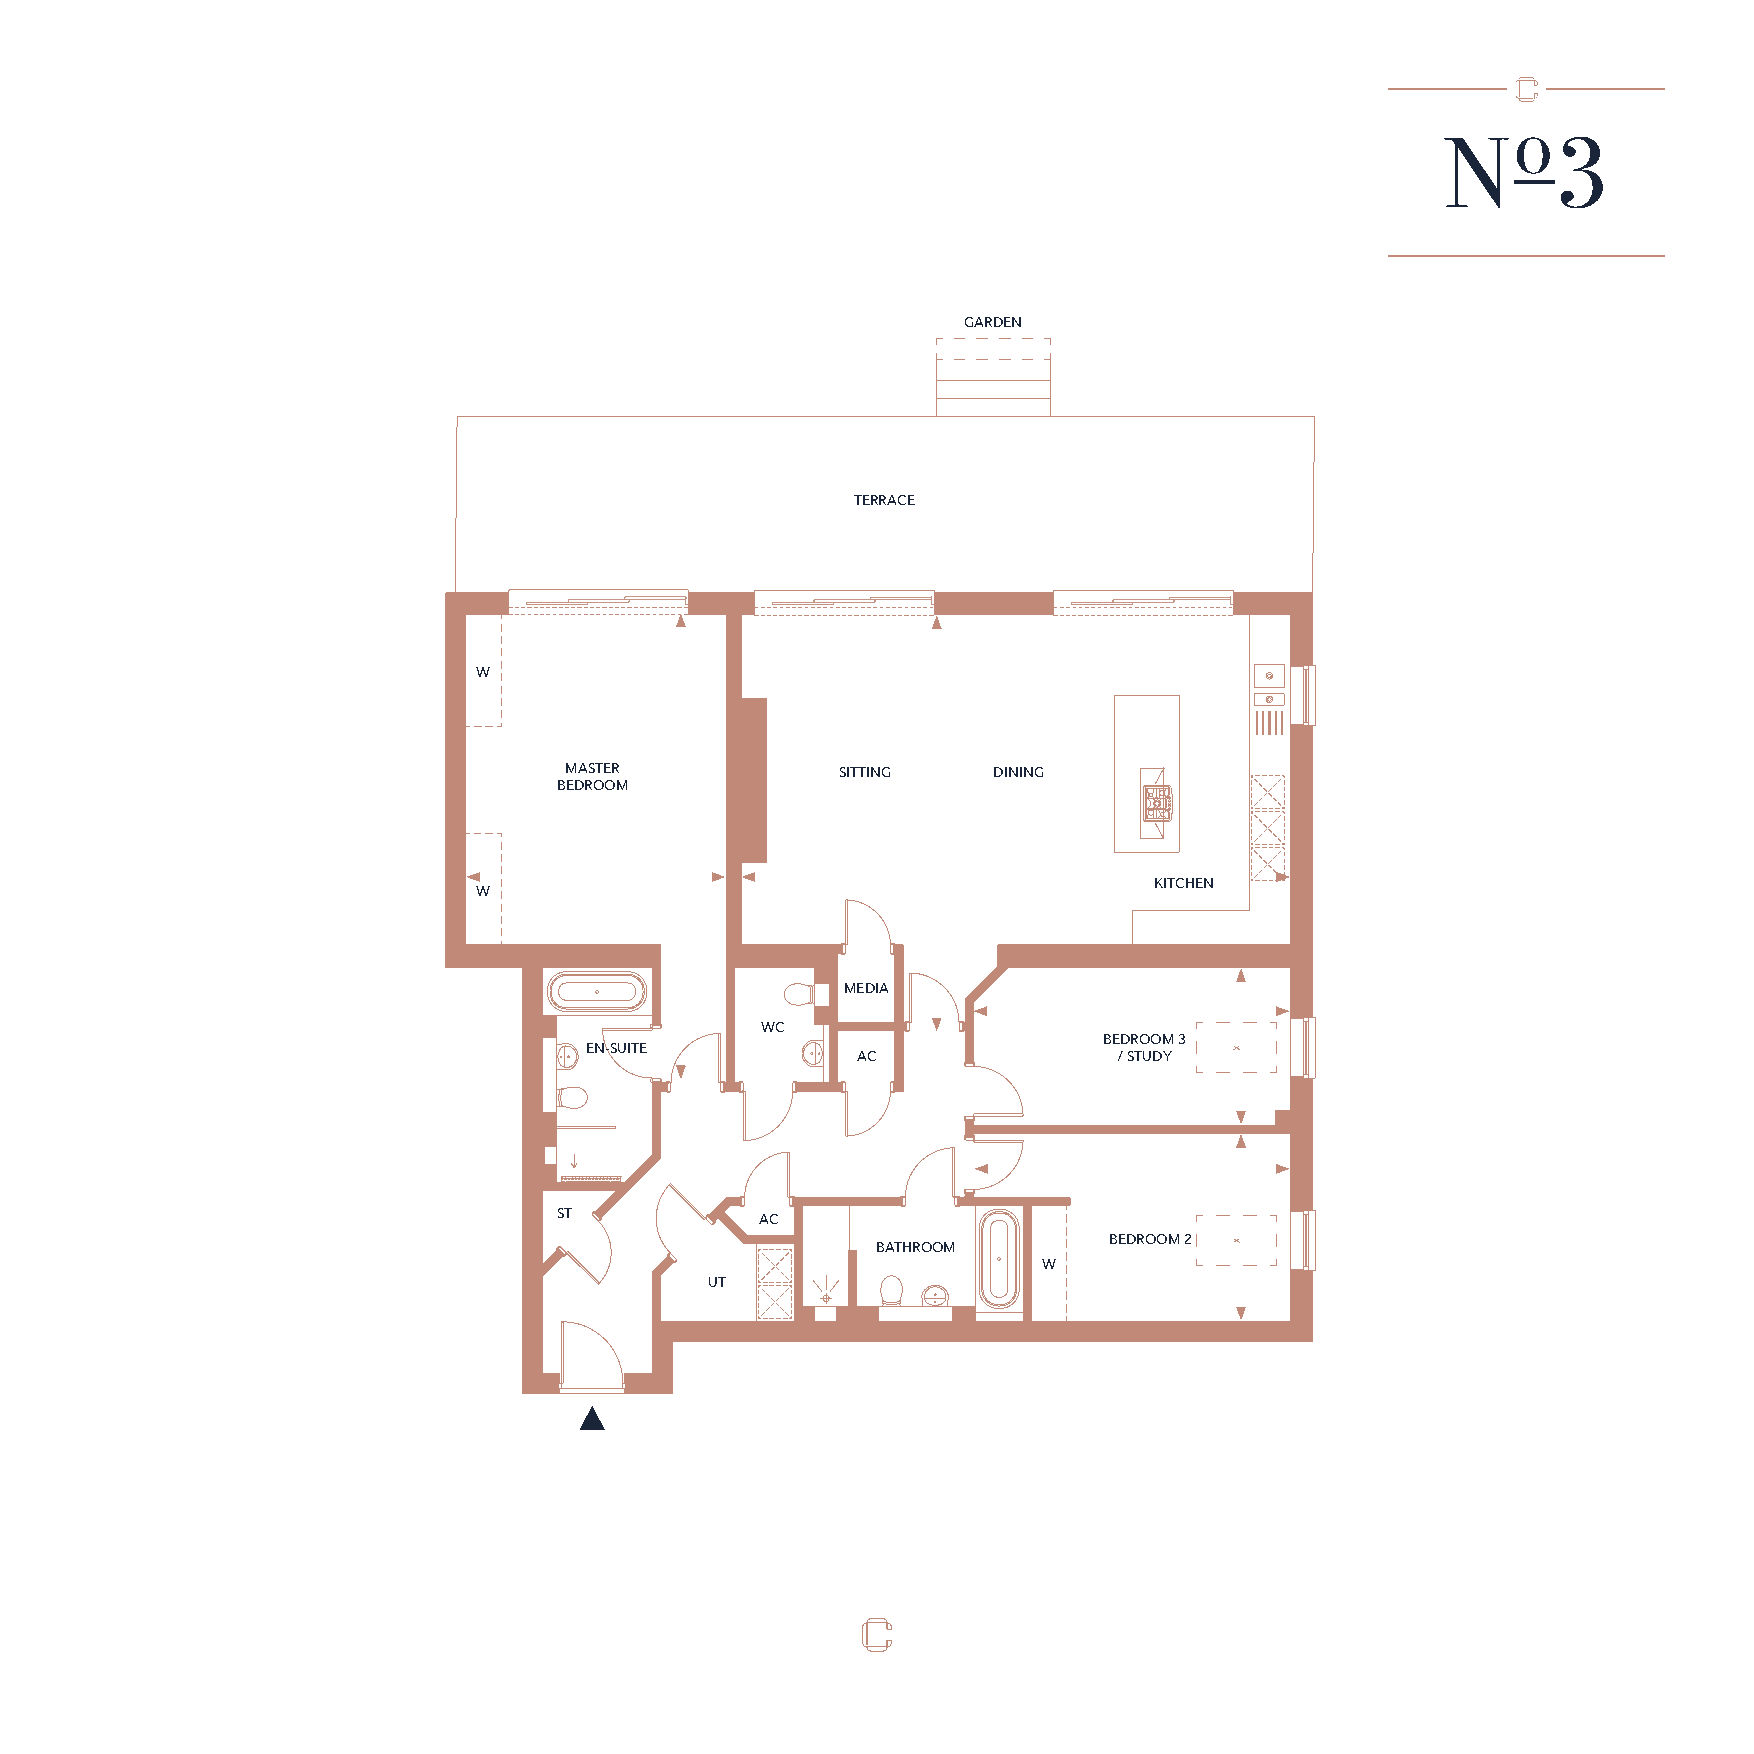
o
 N      3
 GARDEN
 TERRACE
 W
 MASTER             SITTING   DINING
 BEDROOM
 KITCHEN
 W
 MEDIA
 WC
 BEDROOM 3
 EN-SUITE
 AC               / STUDY
 ST
 AC
 BEDROOM 2
 BATHROOM
 W
 UT
 GROUND  FLOOR FLAT 3 PLAN